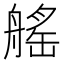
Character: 𦩾